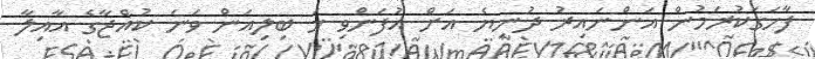
ފާހަގަކުރަމުން އަންނައިރު ދުނިޔެ އަށް އުފަންވި ހަ ބިލިއަން ވަނަ ކުއްޖާގެ އާއިލާ